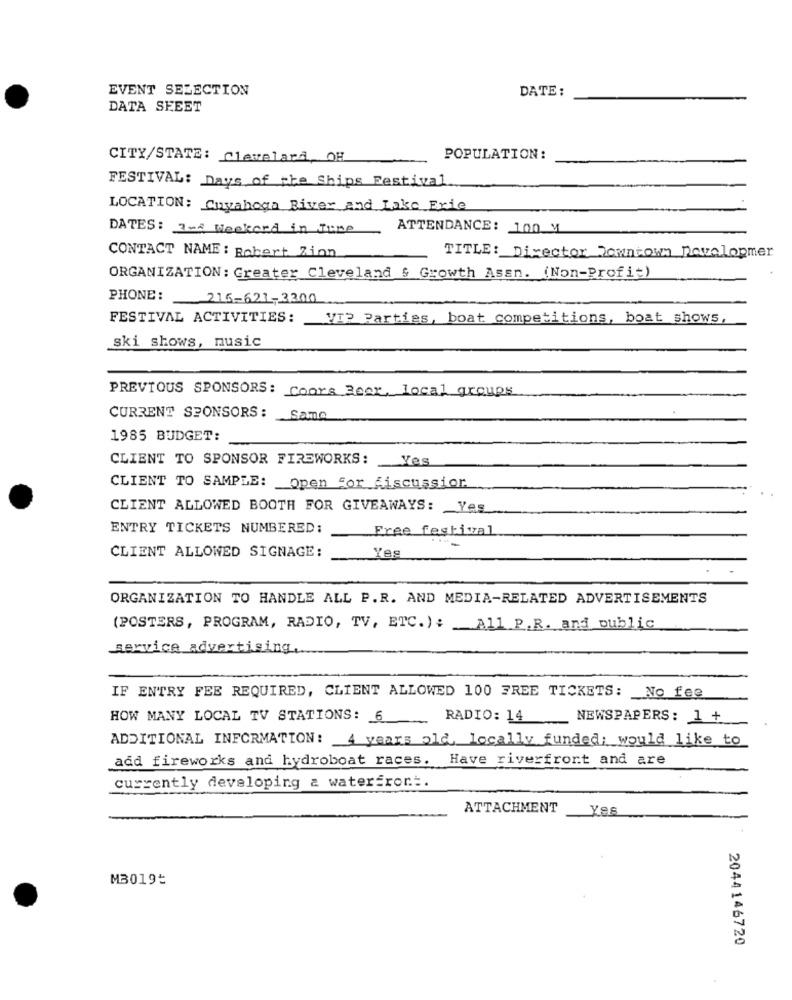
EVENT SELECTION
DATE :
DATA SHEET
CITY/STATE: Clevelard, OH
POPULATION:
FESTIVAL: Days of the Ships Festival
LOCATION: Cuyahoga River and Lake Erie
DATES: In4 Weekend in June
ATTENDANCE: 100 M
TITLE: Director Downtown Devolopmer
CONTACT NAME : Robert Zion
ORGANIZATION : Greater Cleveland & Growth Assn. (Non-Profit)
PHONE: 216-621-2300
FESTIVAL ACTIVITIES:
VI> Parties, boat competitions, boat shows,
ski shows, music
PREVIOUS SPONSORS: Coors Beer, local groups
CURRENT SPONSORS: Same
1985 BUDGET:
CLIENT TO SPONSOR FIREWORKS: Yes
CLIENT TO SAMPLE: Open for discussion
CLIENT ALLOWED BOOTH FOR GIVEAWAYS: Yes
ENTRY TICKETS NUMBERED:
Free festival
CLIENT ALLOWED SIGNAGE:
Yes
ORGANIZATION TO HANDLE ALL P.R. AND MEDIA-RELATED ADVERTISEMENTS
(POSTERS, PROGRAM, RADIO, TV, ETC.): _ All P.R. and public
service_advertising.
IF ENTRY FEE REQUIRED, CLIENT ALLOWED 100 FREE TICKETS: No fee
HOW MANY LOCAL TV STATIONS: 6 RADIO: 14
NEWSPAPERS: 1 +
ADDITIONAL INFORMATION: 4 years old, locally funded: would like to
add fireworks and hydroboat races. Have riverfront and are
currently developing a waterfront.
ATTACHMENT
Yes
M3019:
2044146720